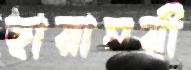
ছায়াময়ী